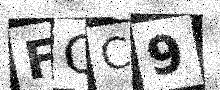
Text: FQC9